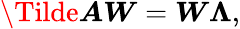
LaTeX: \Tilde{\boldsymbol{A}}\boldsymbol{W}=\boldsymbol{W}\boldsymbol{\Lambda},